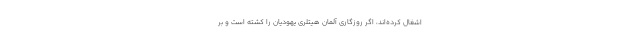
اشغال کرده‌اند، اگر روزگاری آلمان هیتلری یهودیان را کشته است و بر